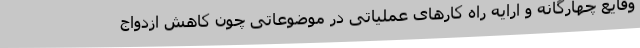
وقایع چهارگانه و ارایه راه ‌کارهای عملیاتی در موضوعاتی چون کاهش ازدواج